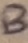
Text: B